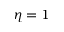
\eta = 1